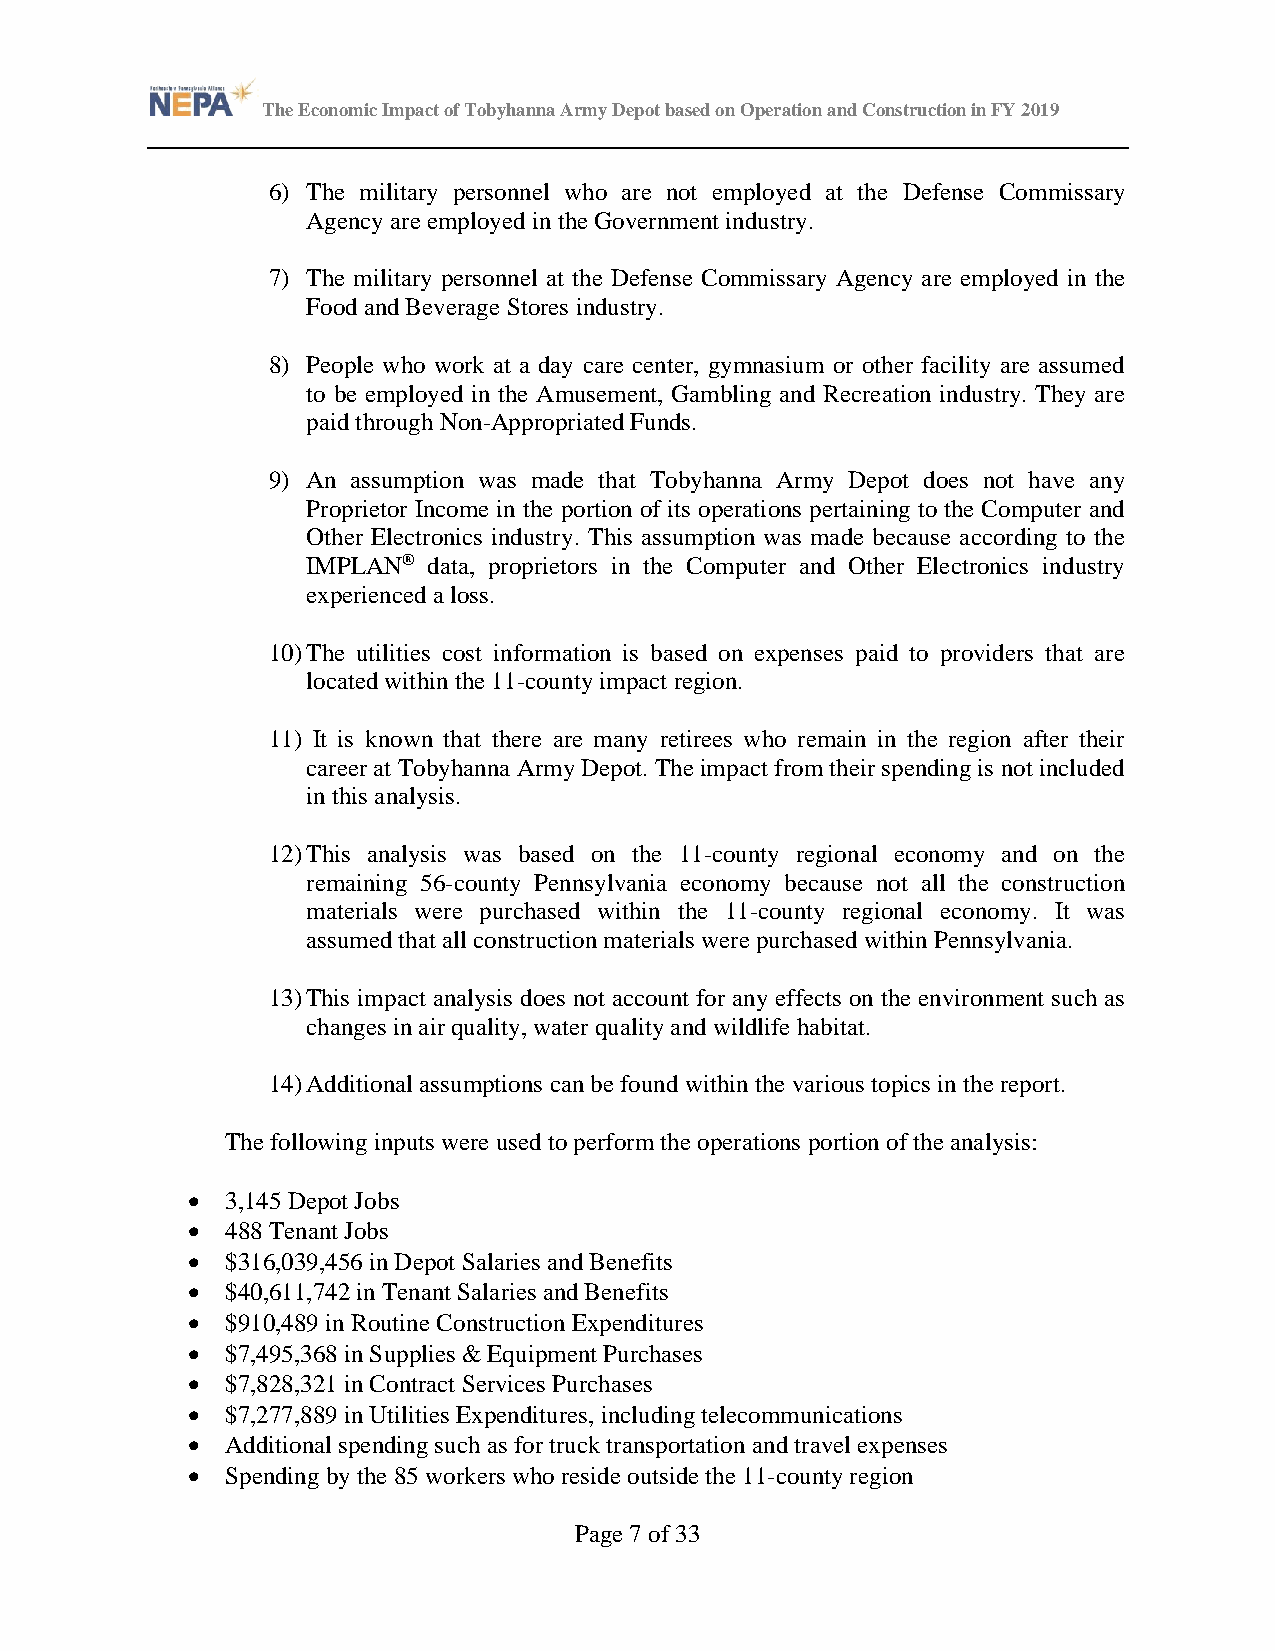
The Economic Impact of Tobyhanna Army Depot based on Operation and Construction in FY 2019
 6) The military personnel who are not employed at the Defense Commissary
 Agency are employed in the Government industry.
 7) The military personnel at the Defense Commissary Agency are employed in the
 Food and Beverage Stores industry.
 8) People who work at a day care center, gymnasium or other facility are assumed
 to be employed in the Amusement, Gambling and Recreation industry. They are
 paid through Non-Appropriated Funds.
 9) An assumption was made that Tobyhanna Army Depot does not have any
 Proprietor Income in the portion of its operations pertaining to the Computer and
 Other Electronics industry. This assumption was made because according to the
 IMPLAN® data, proprietors in the Computer and Other Electronics industry
 experienced a loss.
 10) The utilities cost information is based on expenses paid to providers that are
 located within the 11-county impact region.
 11) It is known that there are many retirees who remain in the region after their
 career at Tobyhanna Army Depot. The impact from their spending is not included
 in this analysis.
 12) This analysis was based on the 11-county regional economy and on the
 remaining 56-county Pennsylvania economy because not all the construction
 materials were purchased within the 11-county regional economy. It was
 assumed that all construction materials were purchased within Pennsylvania.
 13) This impact analysis does not account for any effects on the environment such as
 changes in air quality, water quality and wildlife habitat.
 14) Additional assumptions can be found within the various topics in the report.
 The following inputs were used to perform the operations portion of the analysis:
 •  3,145 Depot Jobs
 •  488 Tenant Jobs
 •  $316,039,456 in Depot Salaries and Benefits
 •  $40,611,742 in Tenant Salaries and Benefits
 •  $910,489 in Routine Construction Expenditures
 •  $7,495,368 in Supplies & Equipment Purchases
 •  $7,828,321 in Contract Services Purchases
 •  $7,277,889 in Utilities Expenditures, including telecommunications
 •  Additional spending such as for truck transportation and travel expenses
 •  Spending by the 85 workers who reside outside the 11-county region
 Page 7 of 33